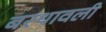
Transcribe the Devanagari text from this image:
बरथावली